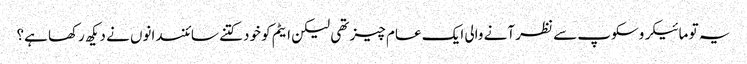
یہ تو مائیکروسکوپ سے نظر آنے والی ایک عام چیز تھی لیکن ایٹم کو خود کتنے سائنسدانوں نے دیکھ رکھا ہے؟